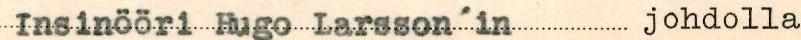
Insinööri Hugo Larsson´in johdolla